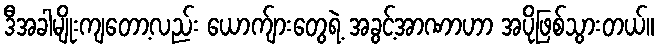
ဒီအခါမျိုးကျတော့လည်း ယောက်ျားတွေရဲ့ အခွင့်အာဏာဟာ အပိုဖြစ်သွားတယ်။